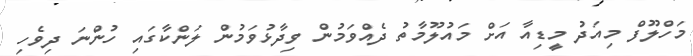
މަހްލޫފް މިއަދު މީޑިއާ އަށް މައުލޫމާތު ދެއްވަމުން ވިދާޅުވަމުން ލަންކާގައި ހުންނަ ދިވެހި